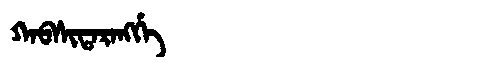
Manchu: ᡴᠠᠪᠰᡳᡨᠠᡵᠠᠩᡤᡝ
Romanization: KABSITARANGGE